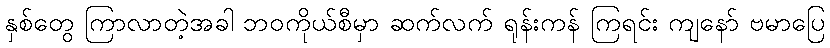
နှစ်တွေ ကြာလာတဲ့အခါ ဘဝကိုယ်စီမှာ ဆက်လက် ရုန်းကန် ကြရင်း ကျနော် ဗမာပြေ